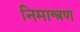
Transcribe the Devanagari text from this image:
निमान्त्रण